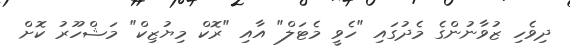
ދިވެހި ޒުވާނުންގެ މެދުގައި "ހެވީ މެޓަލް" އާއި "ރޮކް މިޔުޒިކް" މަޝްހޫރު ކޮށް